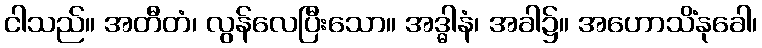
ငါသည်။ အတီတံ၊ လွန်လေပြီးသော။ အဒ္ဓါနံ၊ အခါ၌။ အဟောသိံနုခေါ၊